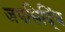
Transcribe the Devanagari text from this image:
जपसिद्धिं